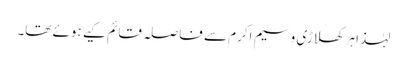
لہٰذا ہر کھلاڑی وسیم اکرم سے فاصلہ قائم کیے ہوئے تھا۔